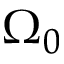
\Omega _ { 0 }